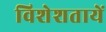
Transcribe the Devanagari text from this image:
विशेशतायें